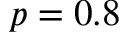
p = 0 . 8